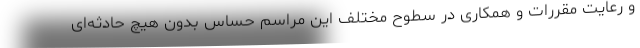
و رعایت مقررات و همکاری در سطوح مختلف این مراسم حساس بدون هیچ حادثه‌ای